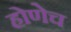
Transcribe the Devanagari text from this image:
होणेच